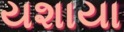
યશાયા